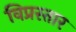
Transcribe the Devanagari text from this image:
विप्रस्तार